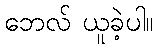
ဘေလ် ယူခဲ့ပါ။